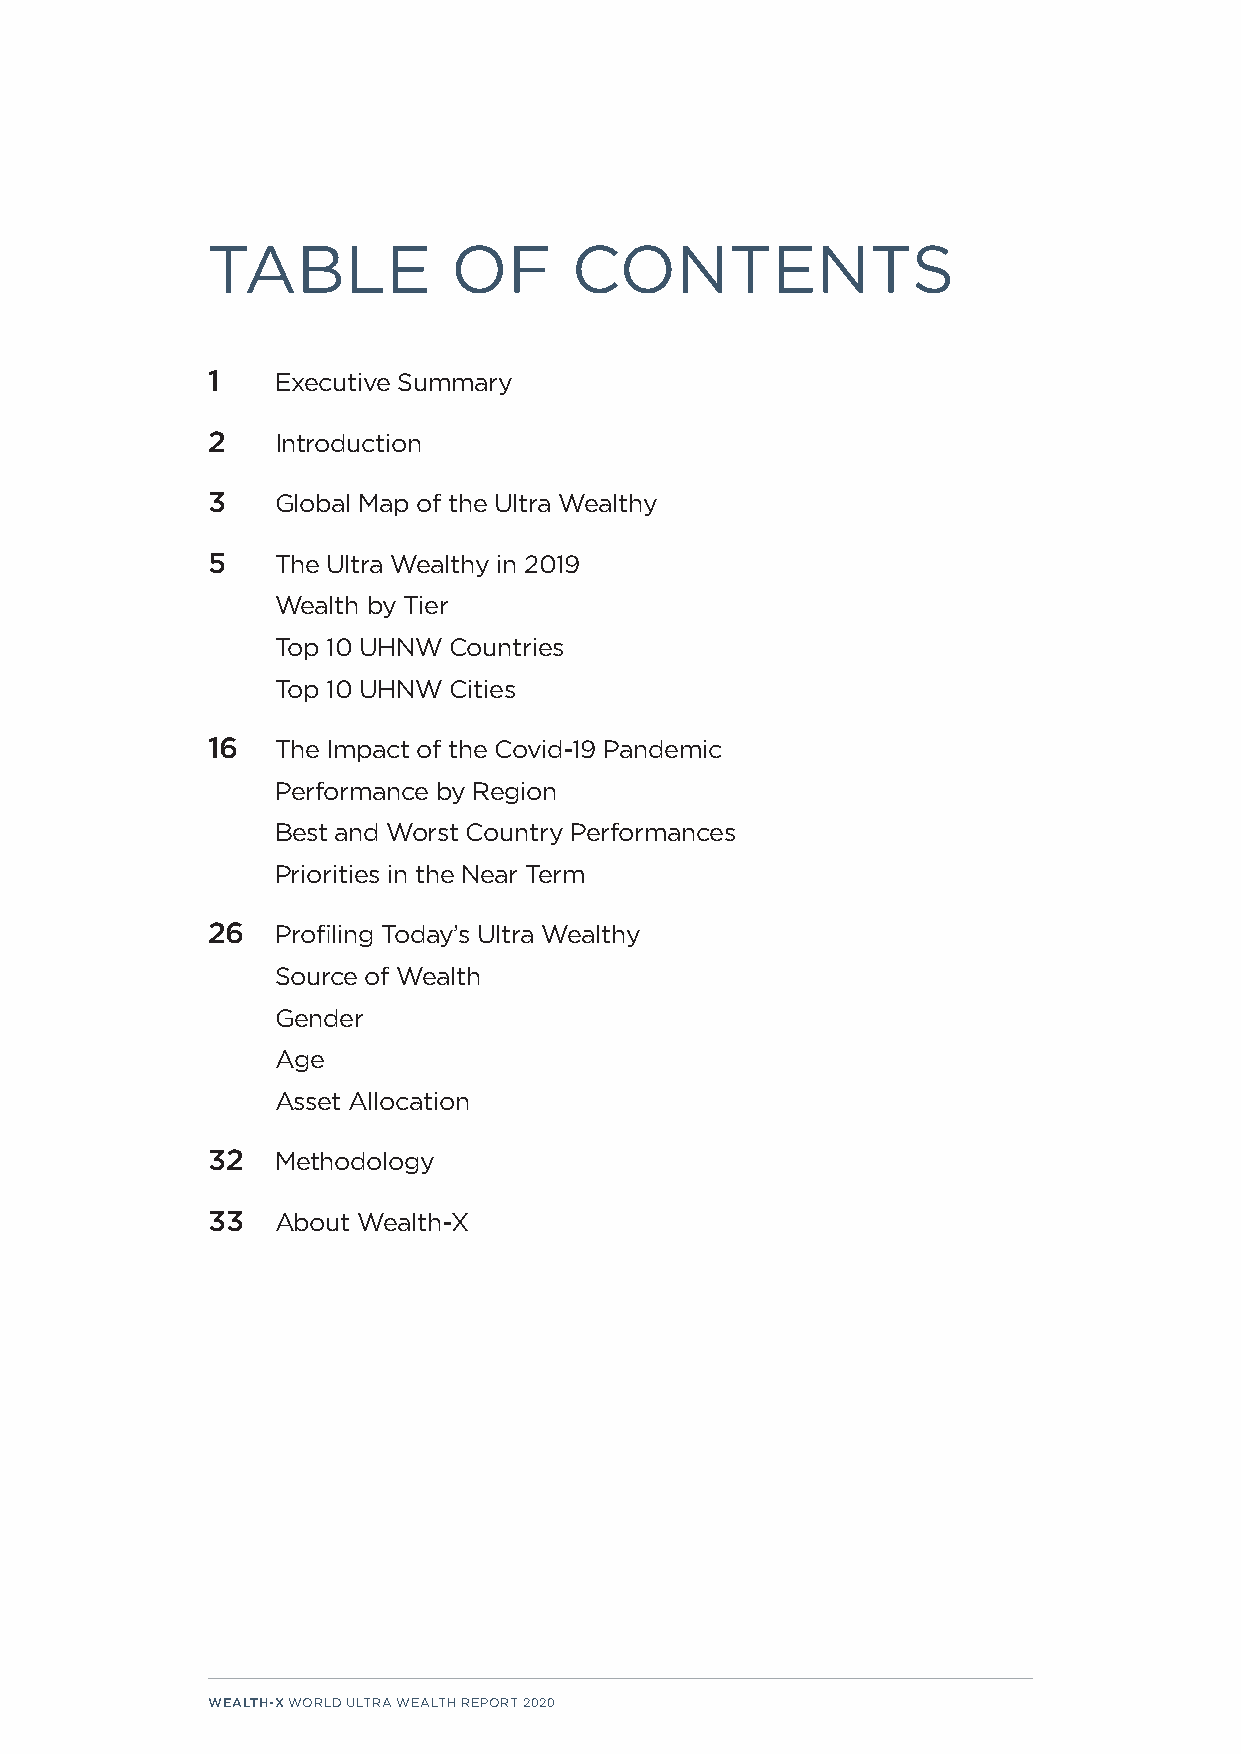
TABLE           OF      CONTENTS
 1   Executive Summary
 2   Introduction
 3   Global Map of the Ultra Wealthy
 5   The Ultra Wealthy in 2019
 Wealth by Tier
 Top 10 UHNW Countries
 Top 10 UHNW Cities
 16  The Impact of the Covid-19 Pandemic
 Performance by Region
 Best and Worst Country Performances
 Priorities in the Near Term
 26  Profiling Today’s Ultra Wealthy
 Source of Wealth
 Gender
 Age
 Asset Allocation
 32  Methodology
 33  About Wealth-X
 WEALTH-X WORLD ULTRA WEALTH REPORT 2020